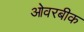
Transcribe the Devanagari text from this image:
ओवरबीक